Indian journal of veterinary science and animal husbandry - Volume 14,
Year: 1944
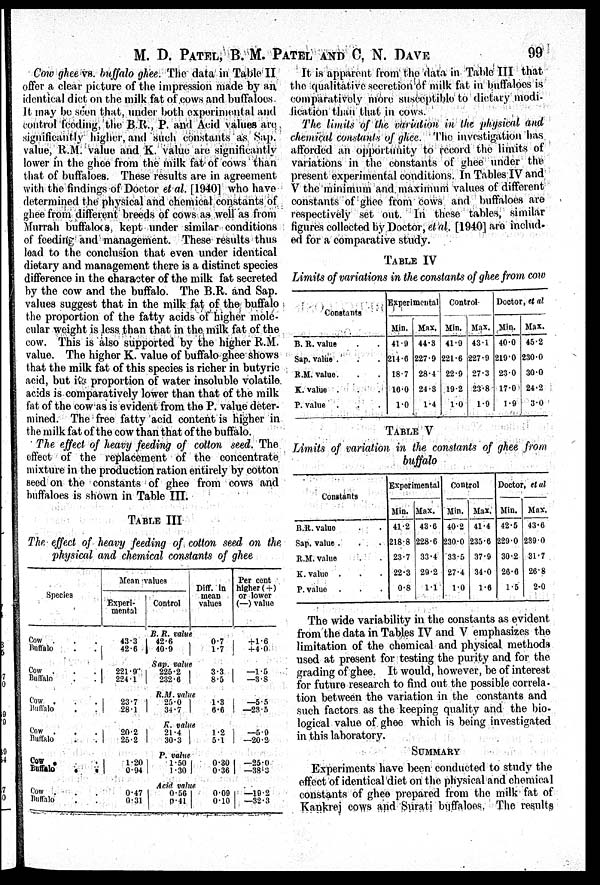
M. D. PATEL, B. M. PATEL AND C, N. DAVE 99
Cow ghee vs. buffalo ghee. The data in Table II
offer a clear picture of the impression made by an
identical diet on the milk fat of cows and buffaloes.
It may be seen that, under both experimental and
control feeding, the B.R., P. and Acid values are
significantly higher, and such constants as Sap.
value, R.M. value and K. value are significantly
lower in the ghee from the milk fat of cows than
that of buffaloes. These results are in agreement
with the findings of Doctor et al. [1940] who have
determined the physical and chemical constants of
ghee from different breeds of cows as well as from
Murrah buffaloes, kept under similar conditions
of feeding and management. These results thus
lead to the conclusion that even under identical
dietary and management there is a distinct species
difference in the character of the milk fat secreted
by the cow and the buffalo. The B.R. and Sap.
values suggest that in the milk fat of the buffalo
the proportion of the fatty acids of higher mole-
cular weight is less than that in the milk fat of the
cow. This is also supported by the higher R.M.
value. The higher K. value of buffalo ghee shows
that the milk fat of this species is richer in butyric
acid, but its proportion of water insoluble volatile
acids is comparatively lower than that of the milk
fat of the cow as is evident from the P. value deter-
mined. The free fatty acid content is higher in
the milk fat of the cow than that of the buffalo.
The effect of heavy feeding of cotton seed. The
effect of the replacement of the concentrate
mixture in the production ration entirely by cotton
seed on the constants of ghee from cows and
buffaloes is shown in Table III.
TABLE III
The effect of heavy feeding of cotton seed on the
physical and chemical constants of ghee
Species
Cow . . .
Buffalo . .
Cow . . .
Buffalo . .
Cow . . .
Buffalo . .
Cow . .
Buffalo . .
Cow . . .
Buffalo . .
Cow . . .
Buffalo . .
Mean values
Experi-
mental
43.3
42.6
221.9
224.1
23.7
28.1
20.2
25.2
1.20
0.94
0.47
0.31
Control
Diff. in
mean
values
B. R. value
42.6
40.9
0.7
1.7
Say. value
225.2
232.6
3.3
8.5
R.M. value
25.0
34.7
1.3
6.6
R. value
21.4
30.3
1.2
5.1
P. value
1.50
1.30
0.30
0.36
Acid value
0.56
0.41
0.09
0.10
Per cent
higher (+)
or lower
(—) value
+1.6
+4.0
—1.5
—3.8
—5.5
—23.5
—5.0
—20.2
—25.0
—38.3
—19.2
—32.3
It is apparent from the data in Table III that
the qualitative secretion of milk fat in buffaloes is
comparatively more susceptible to dietary modi-
fication than that in cows.
The limits of the variation in the physical and
chemical constants of ghee. The investigation bas
afforded an opportunity to record the limits of
variations in the constants of ghee under the
present experimental conditions. In Tables IV and
V the minimum and maximum values of different
constants of ghee from cows and buffaloes are
respectively set out. In these tables, similar
figures collected by Doctor, et al. [1940] are includ-
ed for a comparative study.
TABLE IV
Limits of variations in the constants of ghee from cow
Constants
B. R. value . .
Sap. value . .
R.M. value. .
K. value . .
P. value . .
Experimental
Min.
41.9
214.6
18.7
16.0
1.0
Max.
44.3
227.9
28.4
24.3
1.4
Control
Min.
41.9
221.6
22.9
19.2
1.0
Max.
43.1
227.9
27.3
23.8
1.9
Doctor, et al
Min.
40.0
219.0
23.0
17.0
1.9
Max.
45.2
230.0
30.0
24.2
3.0
TABLE V
Limits of variation in the constants of ghee from
buffalo
Constants
B.R. value . .
Sap. value . .
R.M. value . .
K. value . .
P. value . . .
Experimental
Min.
41.2
218.8
23.7
22.3
0.8
Max.
43.6
228.6
33.4
29.2
1.1
Control
Min.
40.2
230.0
33.5
27.4
1.0
Max.
41.4
235.6
37.9
34.0
1.6
Doctor, et al
Min.
42.5
229.0
30.2
26.6
1.5
Max.
43.6
239.0
31.7
26.8
2.0
The wide variability in the constants as evident
from the data in Tables IV and V emphasizes the
limitation of the chemical and physical methods
used at present for testing the purity and for the
grading of ghee. It would, however, be of interest
for future research to find out the possible correla-
tion between the variation in the constants and
such factors as the keeping quality and the bio-
logical value of ghee which is being investigated
in this laboratory.
SUMMARY
Experiments have been conducted to study the
effect of identical diet on the physical and chemical
constants of ghee prepared from the milk fat of
Kankrej cows and Surati buffaloes. The results